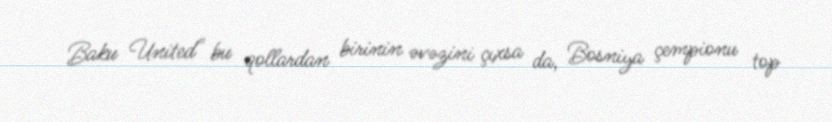
Baku United" bu qollardan birinin əvəzini çıxsa da, Bosniya çempionu top